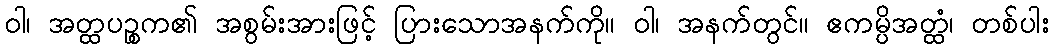
ဝါ၊ အတ္ထပဉ္စက၏ အစွမ်းအားဖြင့် ပြားသောအနက်ကို။ ဝါ၊ အနက်တွင်။ ဧကမ္ပိအတ္ထံ၊ တစ်ပါး